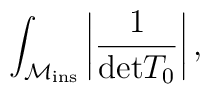
\int_{{\cal M}_{{\rm ins}}} \left\vert \frac{1}{{\rm det}T_{0}} \right\vert,